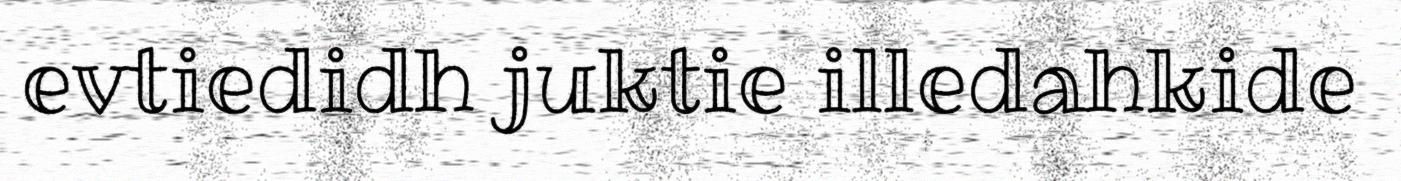
evtiedidh juktie illedahkide